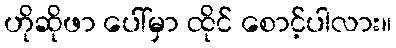
ဟိုဆိုဖာ ပေါ်မှာ ထိုင် စောင့်ပါလား။